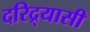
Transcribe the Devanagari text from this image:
दरिद्र्यासी